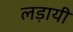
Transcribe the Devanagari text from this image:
लड़ायी